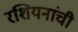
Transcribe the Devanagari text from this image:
रशियनांची